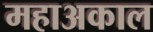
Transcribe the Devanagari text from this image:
महाअकाल